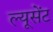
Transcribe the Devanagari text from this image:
ल्यूसेंट